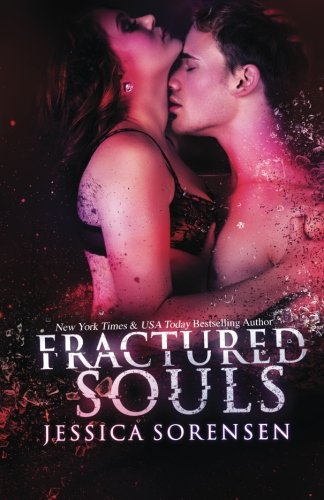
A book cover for Fractured Souls (Shattered Promises) (Volume 2); Jessica Sorensen; Science Fiction & Fantasy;